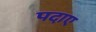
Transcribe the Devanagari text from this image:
पदाए